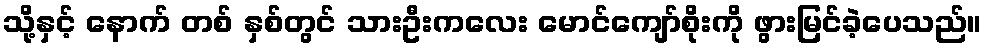
သို့နှင့် နောက် တစ် နှစ်တွင် သားဦးကလေး မောင်ကျော်စိုးကို ဖွားမြင်ခဲ့ပေသည်။